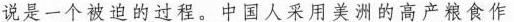
说是一个被迫的过程。中国人采用美洲的高产粮食作